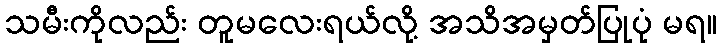
သမီးကိုလည်း တူမလေးရယ်လို့ အသိအမှတ်ပြုပုံ မရ။